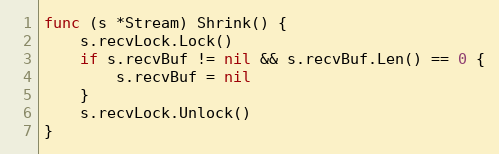
Language: Go
func (s *Stream) Shrink() {
	s.recvLock.Lock()
	if s.recvBuf != nil && s.recvBuf.Len() == 0 {
		s.recvBuf = nil
	}
	s.recvLock.Unlock()
}